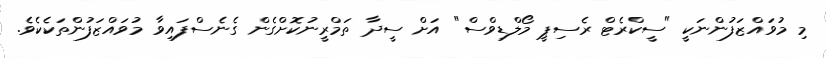
މި މުވައްޒަފުންނަކީ "ސީކްރެޓް ރެސިޕީ މޯލްޑިވްސް" އަށް ސީދާ ތަމްރީނުކޮށްގެން ގެނެސްފައިވާ މުވައްޒަފުންތަކެކެވެ.